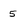
Character: 5